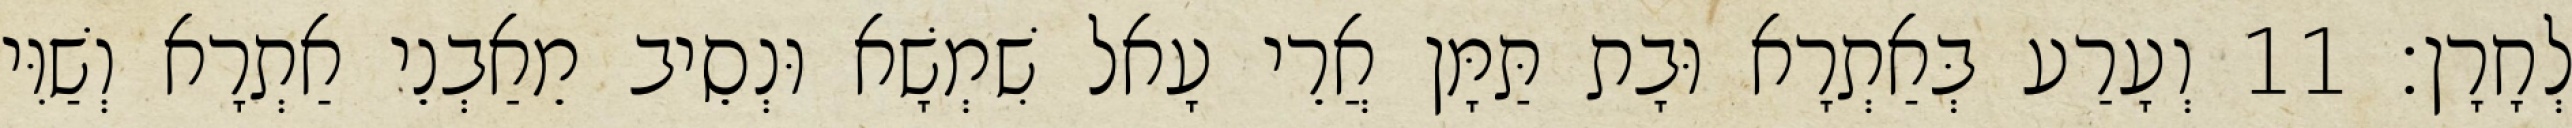
לְחָרָן׃ 11 וְעָרַע בְּאַתְרָא וּבָת תַּמָּן אֲרֵי עָאל שִׁמְשָׁא וּנְסֵיב מֵאַבְנֵי אַתְרָא וְשַׁוִּי